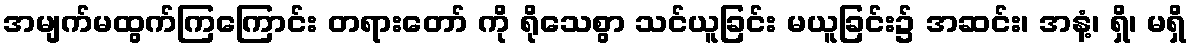
အမျက်မထွက်ကြကြောင်း တရားတော် ကို ရိုသေစွာ သင်ယူခြင်း မယူခြင်း၌ အဆင်း၊ အနံ့၊ ရှိ၊ မရှိ